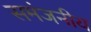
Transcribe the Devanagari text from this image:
समंजनीय